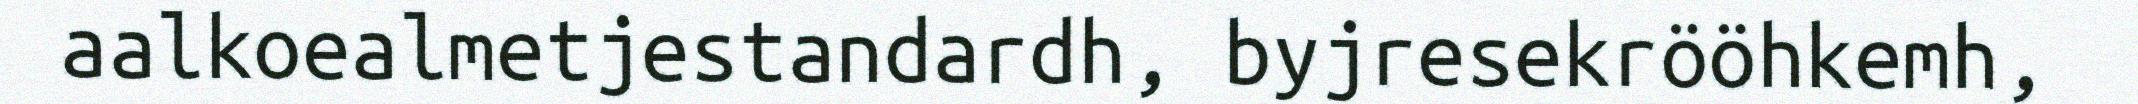
aalkoealmetjestandardh, byjresekrööhkemh,